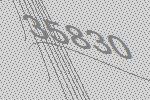
35830